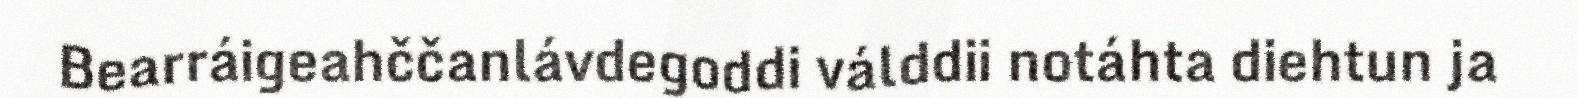
Bearráigeahččanlávdegoddi válddii notáhta diehtun ja